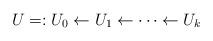
LaTeX: \begin{align*} U=:U_0 \leftarrow U_1 \leftarrow \dotsb \leftarrow U_k \end{align*}